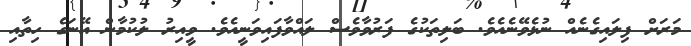
މަރަށް ފިލައިގެނެއް ނުޅެވޭނެއެވެ. ބަލިތަކުގެ ފަރުވާވެސް ލައްވާފައިވަނީއެވެ. ވީއިރު ލުކުމާން އޭނަގެ ހިތާއި